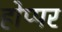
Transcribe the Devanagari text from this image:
होप्पर